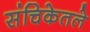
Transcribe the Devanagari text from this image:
संचिकेतले